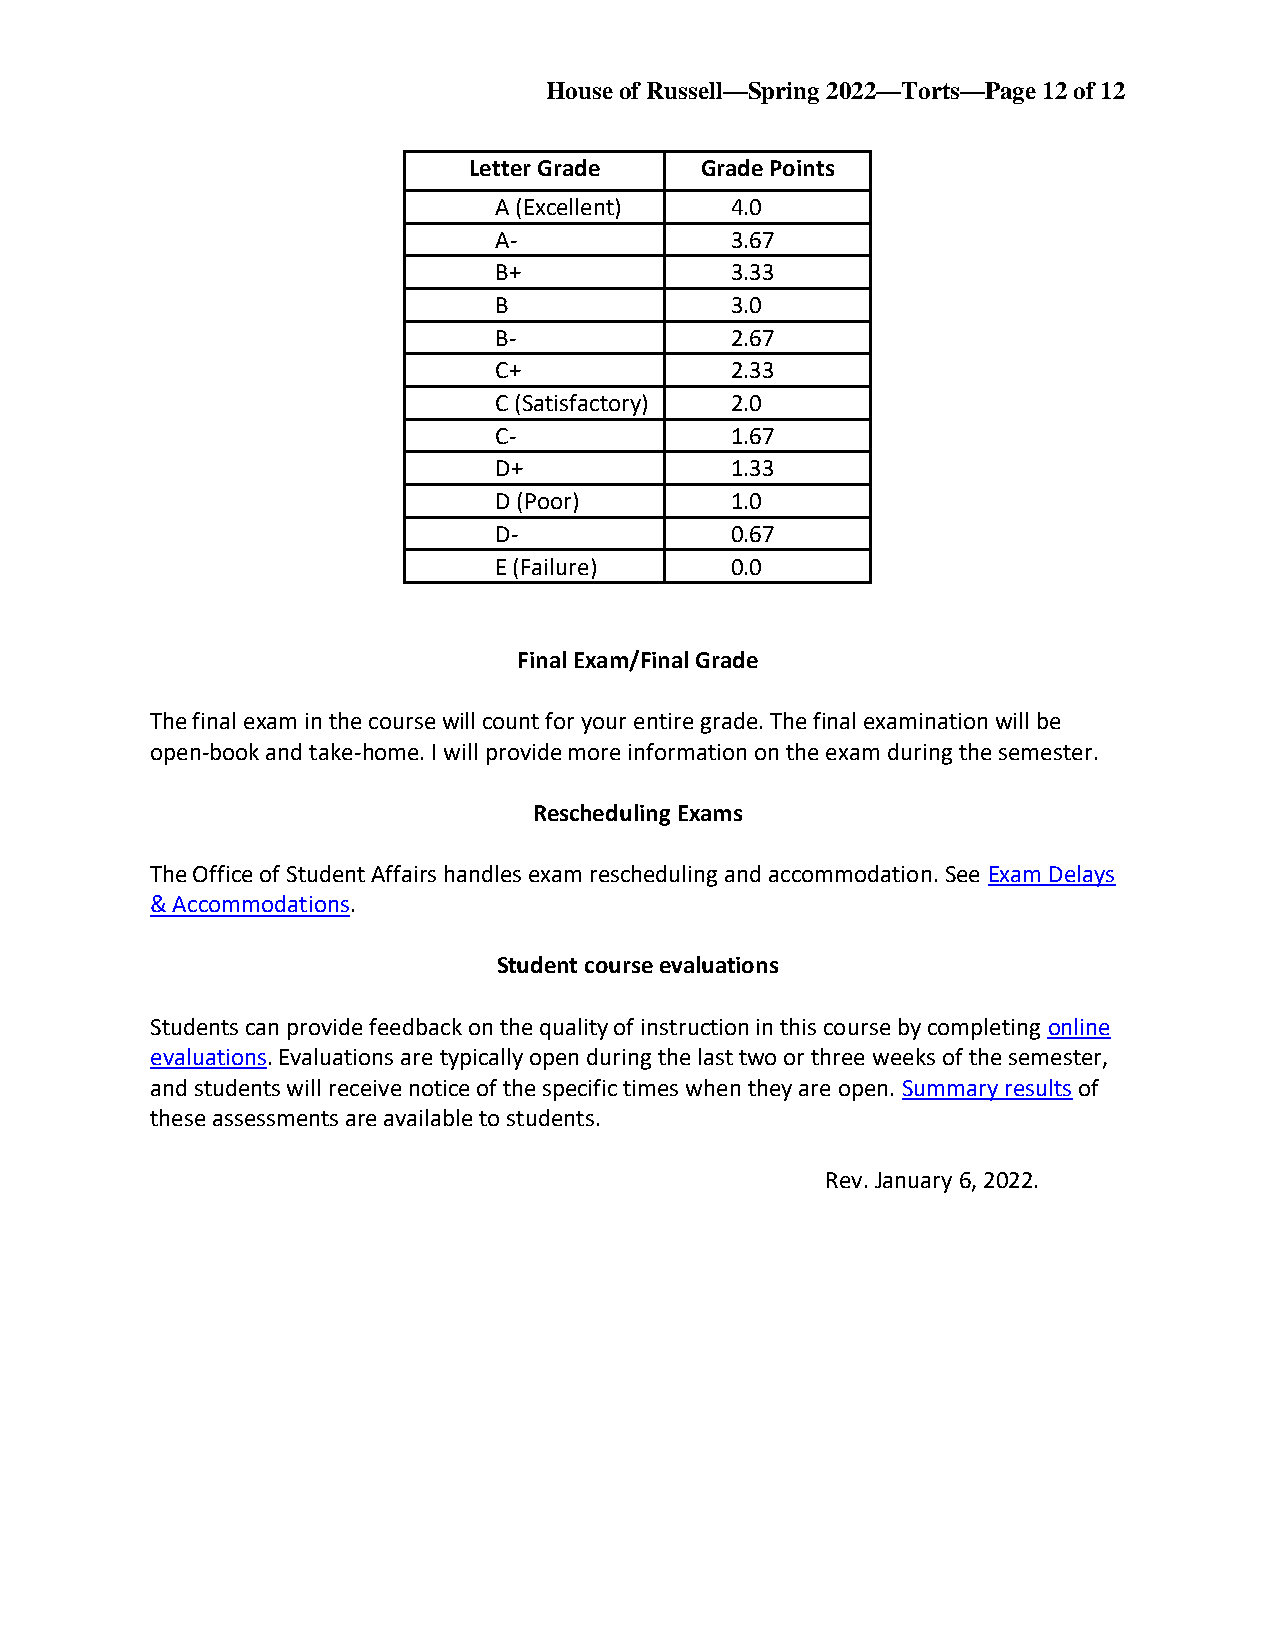
House of Russell—Spring 2022—Torts—Page 12 of 12
 Letter Grade   Grade Points
 A (Excellent)  4.0
 A-             3.67
 B+             3.33
 B              3.0
 B-             2.67
 C+             2.33
 C (Satisfactory) 2.0
 C-             1.67
 D+             1.33
 D (Poor)       1.0
 D-             0.67
 E (Failure)    0.0
 Final Exam/Final Grade
 The final exam in the course will count for your entire grade. The final examination will be
 open-book and take-home. I will provide more information on the exam during the semester.
 Rescheduling Exams
 The Office of Student Affairs handles exam rescheduling and accommodation. See Exam Delays
 & Accommodations.
 Student course evaluations
 Students can provide feedback on the quality of instruction in this course by completing online
 evaluations. Evaluations are typically open during the last two or three weeks of the semester,
 and students will receive notice of the specific times when they are open. Summary results of
 these assessments are available to students.
 Rev. January 6, 2022.